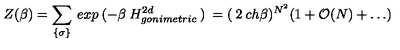
Z ( \beta ) = \sum _ { \{ \sigma \} } \: e x p \: ( - \beta \: H _ { g o n i m e t r i c } ^ { 2 d } \: ) \: = ( \: 2 \: c h \beta ) ^ { N ^ { 2 } } ( 1 + { \cal O } ( N ) + \ldots )